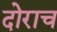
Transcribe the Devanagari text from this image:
दोराच